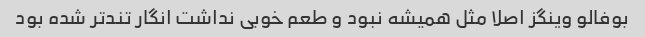
بوفالو وینگز اصلا مثل همیشه نبود و طعم خوبی نداشت انگار تندتر شده بود